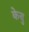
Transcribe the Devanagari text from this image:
केबु